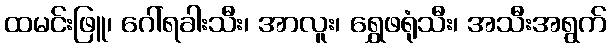
ထမင်းဖြူ၊ ဂေါ်ရခါးသီး၊ အာလူး၊ ရွှေဖရုံသီး၊ အသီးအရွက်